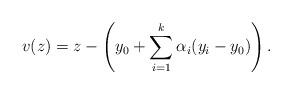
LaTeX: \begin{align*}v(z) = z - \left( y_{0} + \sum_{i=1}^{k} \alpha_{i} (y_{i} - y_{0}) \right).\end{align*}